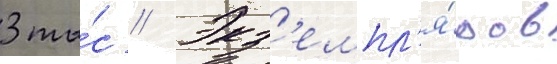
3 ты́с // Экз'емпл'я́ров